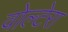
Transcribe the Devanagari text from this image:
वोल्टेरा